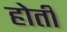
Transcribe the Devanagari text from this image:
होती